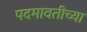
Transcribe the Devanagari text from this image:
पदमावतीच्या